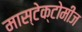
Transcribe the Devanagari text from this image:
मास्टेक्टोमीज